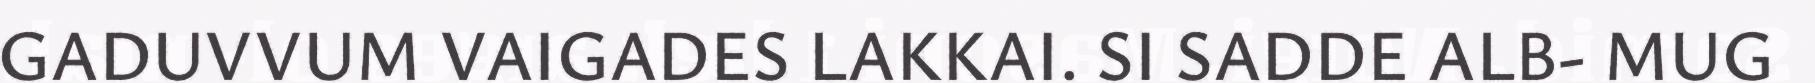
GADUVVUM VAIGADES LAKKAI. SI SADDE ALB- MUG